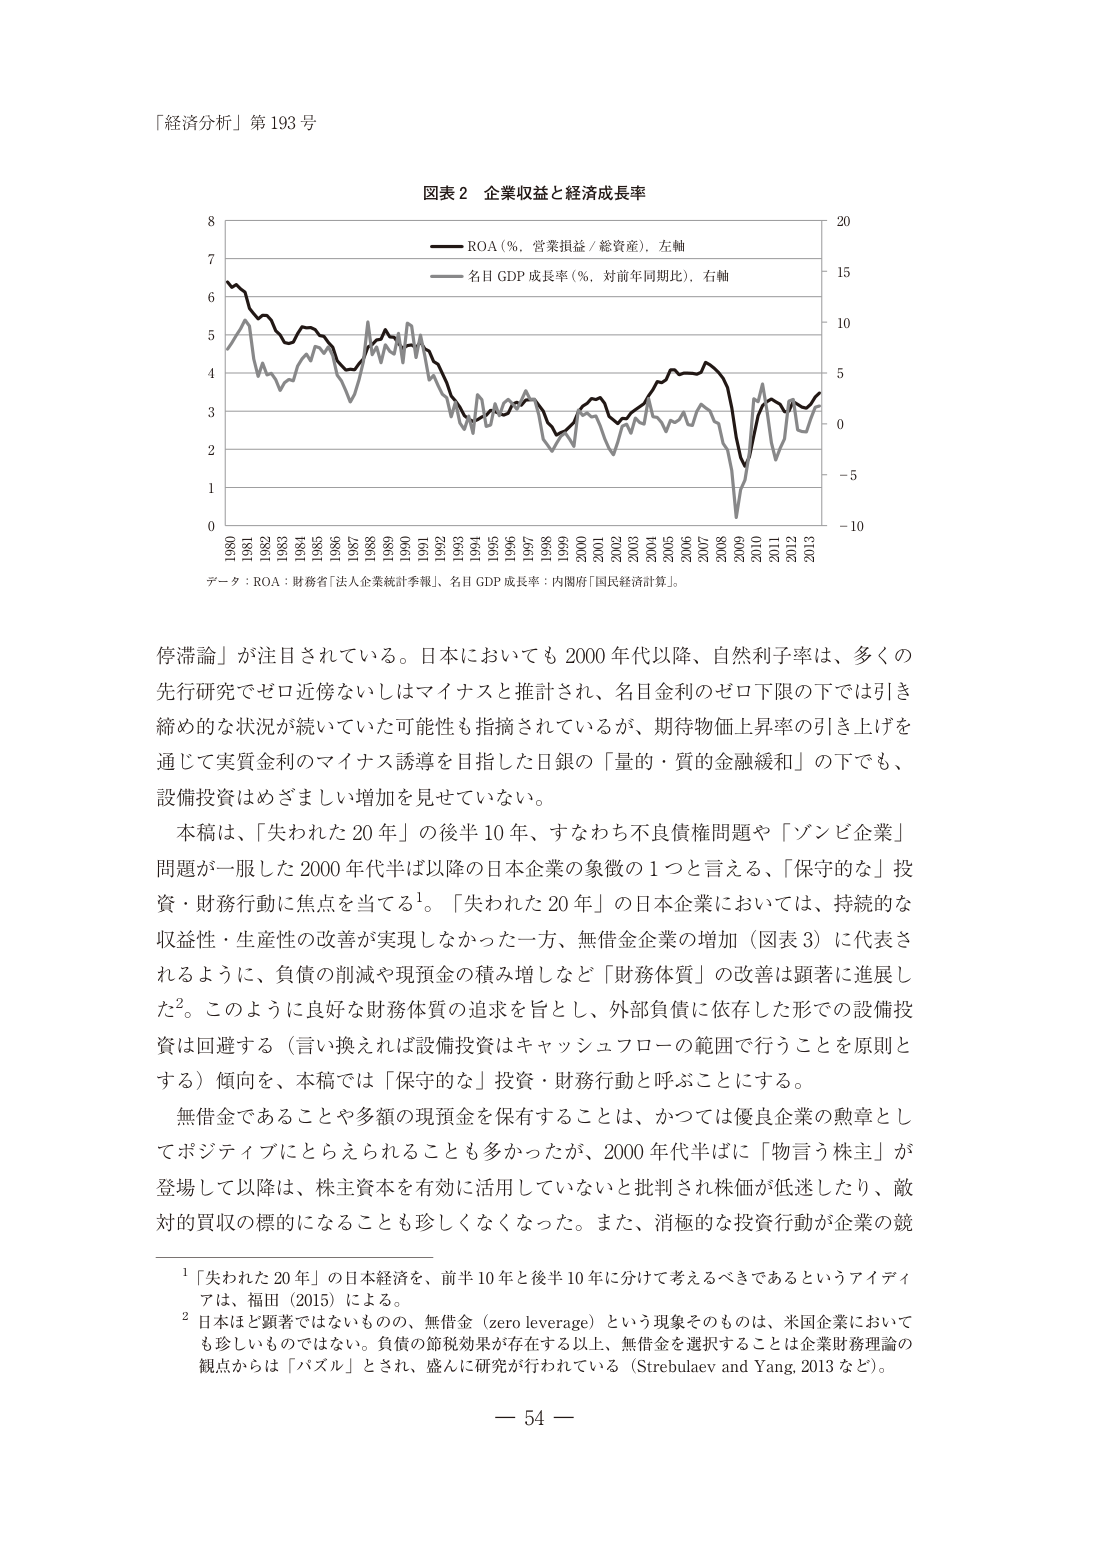
「経済分析」第 193 号

図表 2 企業収益と経済成長率

ROA（%、営業損益／総資産）、左軸
名目 GDP 成長率（%、対前年同期比）、右軸

データ：ROA：財務省「法人企業統計季報」、名目 GDP 成長率：内閣府「国民経済計算」。

停滞論」が注目されている。日本においても 2000 年代以降、自然利子率は、多くの先行研究でゼロ近傍ないしはマイナスと推計され、名目金利のゼロ下限の下では引き締め的な状況が続いていた可能性も指摘されているが、期待物価上昇率の引き上げを通じて実質金利のマイナス誘導を目指した日銀の「量的・質的金融緩和」の下でも、設備投資はめざましい増加を見せていない。

本稿は、「失われた 20 年」の後半 10 年、すなわち不良債権問題や「ゾンビ企業」問題が一服した 2000 年代半ば以降の日本企業の象徴の 1 つと言える、「保守的な」投資・財務行動に焦点を当てる¹。「失われた 20 年」の日本企業においては、持続的な収益性・生産性の改善が実現しなかった一方、無借金企業の増加（図表 3）に代表されるように、負債の削減や現預金の積み増しなど「財務体質」の改善は顕著に進展した²。このように良好な財務体質の追求を旨とし、外部負債に依存した形での設備投資は回避する（言い換えれば設備投資はキャッシュフローの範囲で行うことを原則とする）傾向を、本稿では「保守的な」投資・財務行動と呼ぶことにする。

無借金であることや多額の現預金を保有することは、かつては優良企業の勲章としてポジティブにとらえられることも多かったが、2000 年代半ばに「物言う株主」が登場して以降は、株主資本を有効に活用していないと批判され株価が低迷したり、敵対的買収の標的になることも珍しくなくなった。また、消極的な投資行動が企業の競

¹「失われた 20 年」の日本経済を、前半 10 年と後半 10 年に分けて考えるべきであるというアイディアは、福田（2015）による。

²日本ほど顕著ではないものの、無借金（zero leverage）という現象そのものは、米国企業においても珍しいものではない。負債の節税効果が存在する以上、無借金を選択することは企業財務理論の観点からは「パズル」とされ、盛んに研究が行われている（Strebulaev and Yang, 2013 など）。

— 54 —